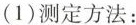
(1)测定方法：